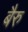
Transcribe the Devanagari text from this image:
बैरु